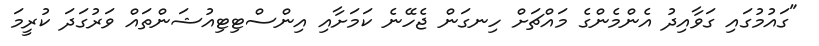
"ގައުމުގައި ގަވާއިދު އެންމެންގެ މައްޗަށް ހިނގަން ޖެހޭނެ ކަމަށާއި އިންސްޓިޓިއުޝަންތައް ވަރުގަދަ ކުރީމަ